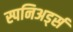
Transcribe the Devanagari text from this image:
स्पनिअर्ड्स